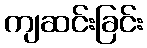
ကျဆင်းခြင်း